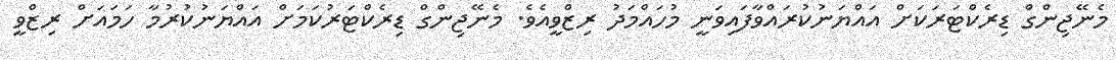
މެނޭޖިންގް ޑިރެކްޓަރަކަށް އައްޔަނުކުރައްވާފައިވަނީ މުހައްމަދު ރިޒްވީއެވެ. މެނޭޖިންގް ޑިރެކްޓަރުކަމަށް އައްޔަނުކުރުމާ ހަމައަށް ރިޒްވީ